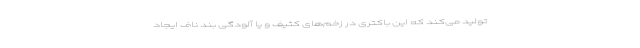
تولید می‌کند که این باکتری در زخم‌های کثیف و یا آلودگی بند ناف ایجاد